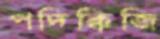
পদিক্কিজি